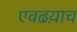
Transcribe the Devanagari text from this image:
एवढय़ाच